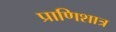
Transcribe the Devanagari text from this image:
प्राणिशात्र